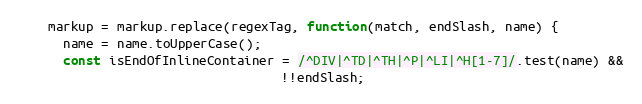
Language: JavaScript
    markup = markup.replace(regexTag, function(match, endSlash, name) {
      name = name.toUpperCase();
      const isEndOfInlineContainer = /^DIV|^TD|^TH|^P|^LI|^H[1-7]/.test(name) &&
                                   !!endSlash;